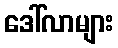
ဒေါ်လာများ